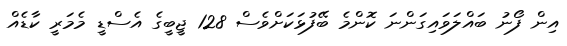
އިން ފޯނު ބައްލަވައިގަންނަ ކޮންމެ ބޭފުޅަކަށްވެސް 128 ޖީބީގެ އެސްޑީ މެމަރީ ކާޑެއް